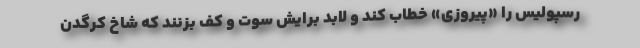
رسپولیس را «پیروزی» خطاب کند و لابد برایش سوت و کف بزنند که شاخ کرگدن